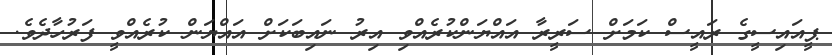
ޕީއައިސީގެ ރައީސް ކަމަށް ސަރީރާ އައްޔަންކުރެއްވި އިރު ނައިބަކަށް އައްޔަން ކުރެއްވީ ފަރުހާދެވެ.